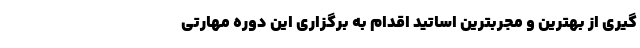
گیری از بهترین و مجربترین اساتید اقدام به برگزاری این دوره مهارتی